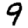
Digit: 9